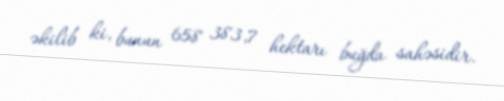
əkilib ki, bunun 658 383,7 hektarı buğda sahəsidir.